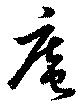
庵